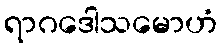
ရာဂဒေါသမောဟံ